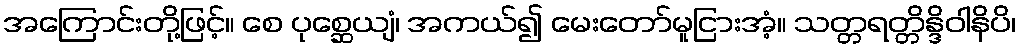
အကြောင်းတို့ဖြင့်။ စေ ပုစ္ဆေယျံ၊ အကယ်၍ မေးတော်မူငြားအံ့။ သတ္တရတ္တိန္ဒိဝါနိပိ၊